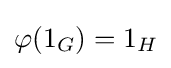
\varphi (1_{G})=1_{H}